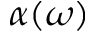
\alpha ( \omega )